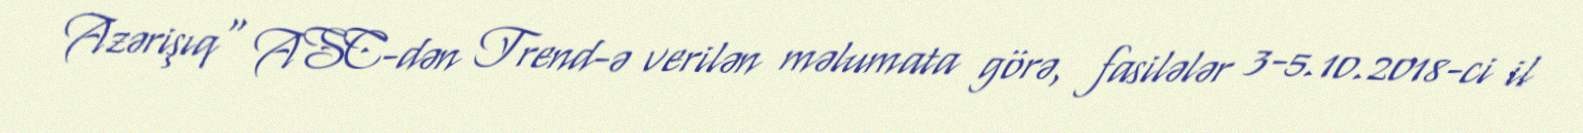
Azərişıq" ASC-dən Trend-ə verilən məlumata görə, fasilələr 3-5.10.2018-ci il